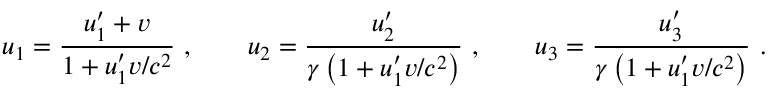
u _ { 1 } = { \frac { u _ { 1 } ^ { \prime } + v } { 1 + u _ { 1 } ^ { \prime } v / c ^ { 2 } } } \ , \qquad u _ { 2 } = { \frac { u _ { 2 } ^ { \prime } } { \gamma \left( 1 + u _ { 1 } ^ { \prime } v / c ^ { 2 } \right) } } \ , \qquad u _ { 3 } = { \frac { u _ { 3 } ^ { \prime } } { \gamma \left( 1 + u _ { 1 } ^ { \prime } v / c ^ { 2 } \right) } } \ .